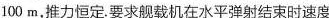
100m，推力恒定.要求舰载机在水平弹射结束时速度